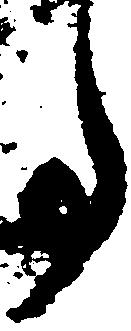
事